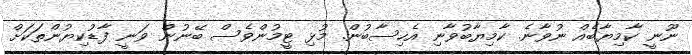
ނޫނީ ކާމިޔާބެއް ނުވާނެ. ކާމިޔާބުވާނި އެހިސާބުން. މުޅި ޓީމުންވެސް ބޭނުން ވަނީ ފާޑުކިޔުންތަކަށް